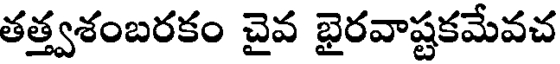
తత్త్వశంబరకం చైవ భైరవాష్టకమేవచ